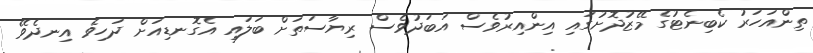
ތިންއަހަރު ކެބިނެޓުގެ މޭޒުދޮށުގައި އިންއިރުވެސް އަބަދުވެސް ރިޔާސަތަށް ބަލައި އެގޮނޑިއަށް ދަހިވެ އިނދެވޭ